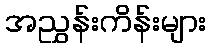
အညွှန်းကိန်းများ